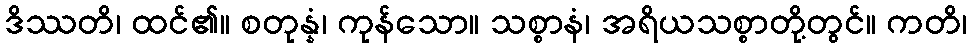
ဒိဿတိ၊ ထင်၏။ စတုန္နံ၊ ကုန်သော။ သစ္စာနံ၊ အရိယသစ္စာတို့တွင်။ ကတိ၊